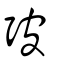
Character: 㢰